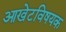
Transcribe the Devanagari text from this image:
आखेटविषयक